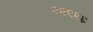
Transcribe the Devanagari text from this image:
२२९२६